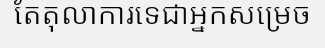
តែតុលាការទេជាអ្នកសម្រេច